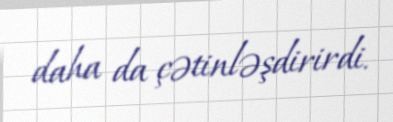
daha da çətinləşdirirdi.